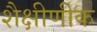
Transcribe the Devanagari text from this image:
शैक्षीणीक